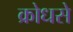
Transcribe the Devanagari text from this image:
क्रोधसे